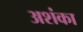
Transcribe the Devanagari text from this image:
अशंका